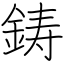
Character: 鋳